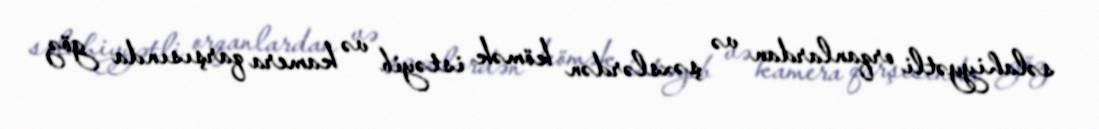
səlahiyyətli orqanlardan və şəxslərdən kömək istəyib və kamera qarşısında göz